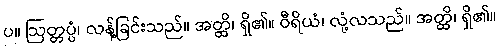
ပ။ ဩတ္တပ္ပံ၊ လန့်ခြင်းသည်။ အတ္ထိ၊ ရှိ၏။ ဝီရိယံ၊ လုံ့လသည်။ အတ္ထိ၊ ရှိ၏။